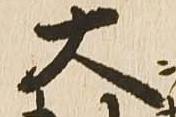
大